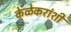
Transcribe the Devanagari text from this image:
केळेकरांशी